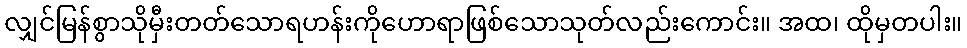
လျှင်မြန်စွာသိုမှီးတတ်သောရဟန်းကိုဟောရာဖြစ်သောသုတ်လည်းကောင်း။ အထ၊ ထိုမှတပါး။